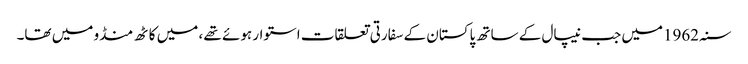
سنہ 1962میں جب نیپال کے ساتھ پاکستان کے سفارتی تعلقات استوار ہوئے تھے ، میں کاٹھ منڈو میں تھا۔